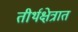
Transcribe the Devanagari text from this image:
तीर्थक्षेत्रात